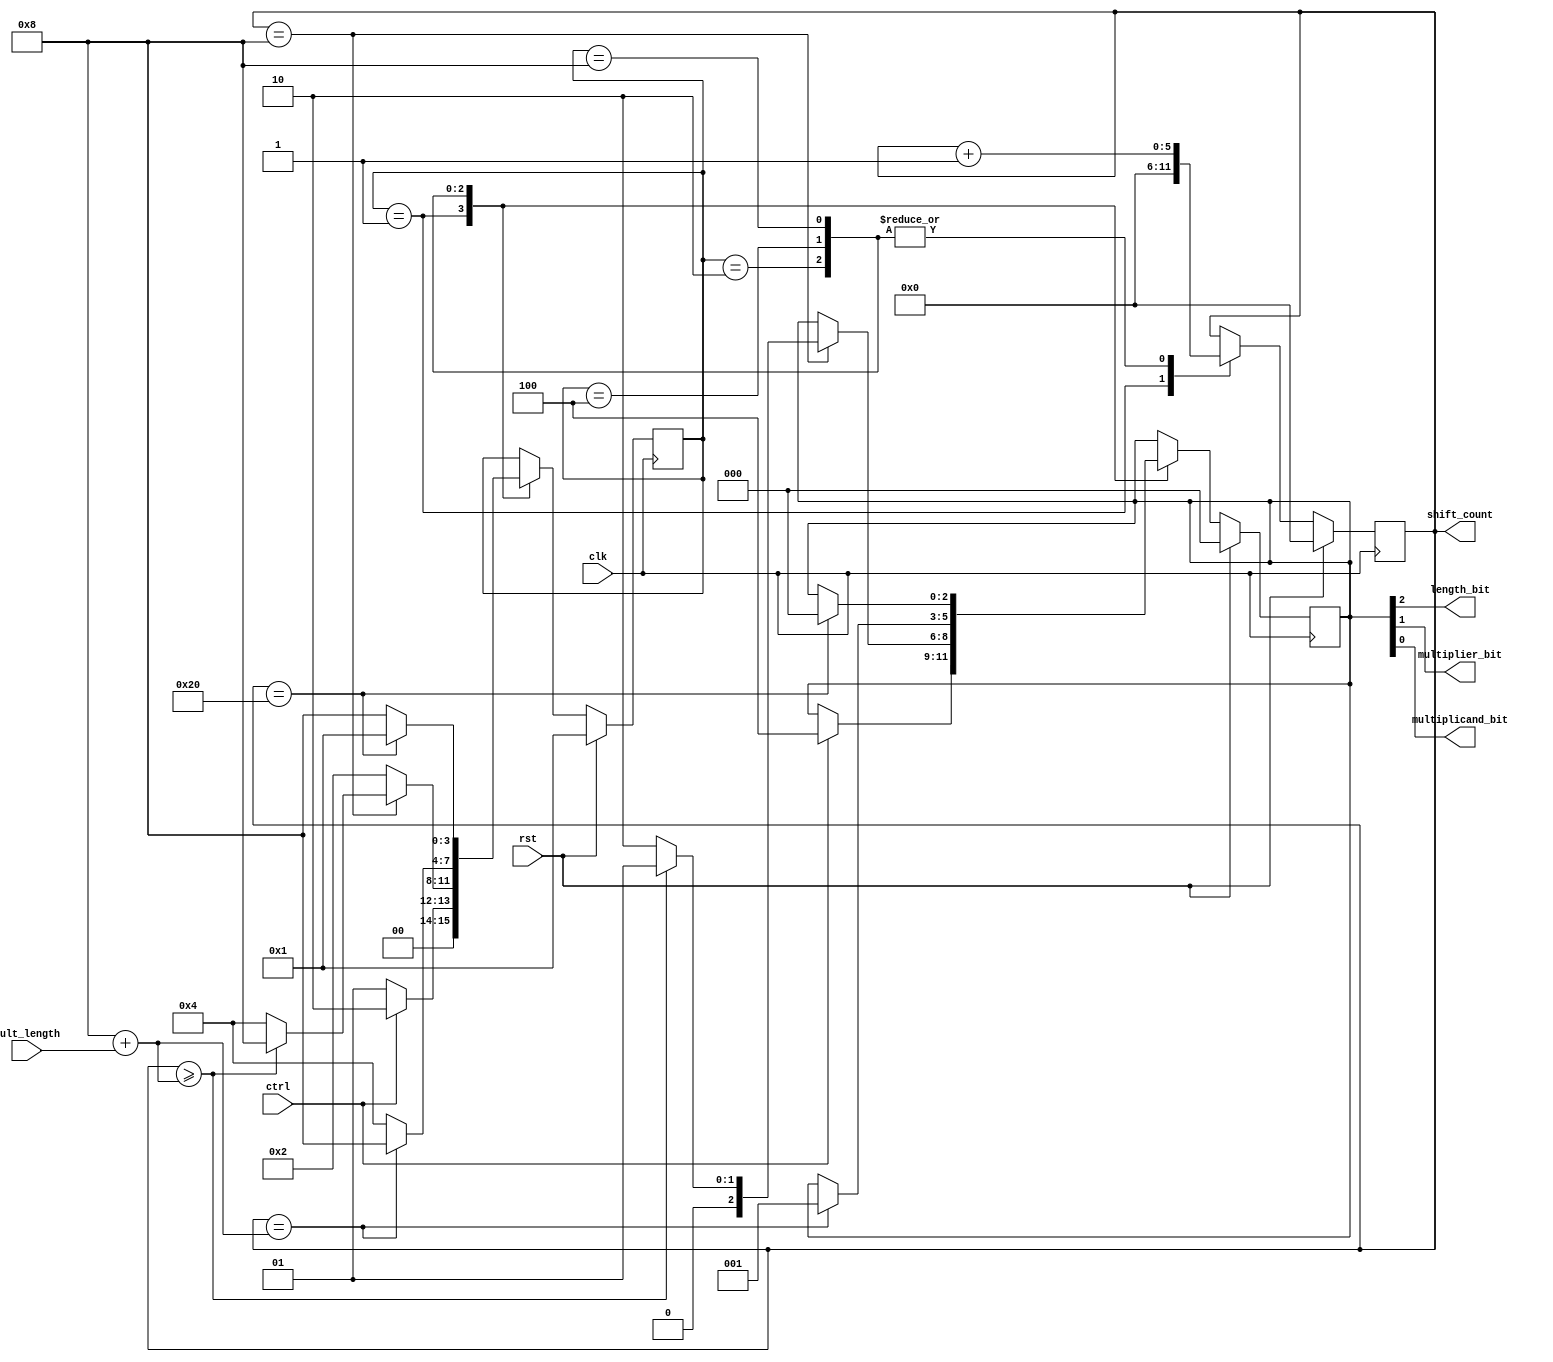
`timescale 1ns / 1ps
//////////////////////////////////////////////////////////////////////////////////
// Company: 
// Engineer: 
// 
// Design Name: 
// Module Name:    mult_sm 
// Project Name: 
// Target Devices: 
// Tool versions: 
// Description: 
//
// Dependencies: 
//
// Revision: 
// Revision 0.01 - File Created
// Additional Comments: 
//
//////////////////////////////////////////////////////////////////////////////////



module mult_sm(input[7:0] mult_length,input clk,rst,ctrl,output reg[5:0] shift_count, output length_bit,multiplier_bit,multiplicand_bit);
parameter [3:0] IDLE          = 4'b0001 ;
parameter [3:0] LENGTH_BIT_ST  = 4'b0010 ;
parameter [3:0] MULT1_BIT_ST  = 4'b0100 ;
parameter [3:0] MULT2_BIT_ST   = 4'b1000 ;


reg [3:0] state ;
reg [2:0] out;
always @(posedge clk) begin
	if (rst) begin
	state<=IDLE;
	out<=3'b000;
	shift_count<=0;
	end
	else begin

		case(state)
		IDLE :begin
		shift_count<=0;
			if (ctrl) begin
			state<=LENGTH_BIT_ST; 
			out<=3'b100; 
			end
			else state<=IDLE;
		end
		LENGTH_BIT_ST :begin
			shift_count<=shift_count+1;
			if (shift_count==8) begin
					if(shift_count>=(8+mult_length)) begin
					state<=MULT2_BIT_ST;
					out<=3'b001;
					end
					else begin
					state<=MULT1_BIT_ST; 
					out<=3'b010; 
					end
					end
			else state<=LENGTH_BIT_ST;
		end
		MULT1_BIT_ST :begin
			shift_count<=shift_count+1;
			if (shift_count==(8+mult_length)) begin 
			state<=MULT2_BIT_ST; 
			out<=3'b001; 
			end
			else state<=MULT1_BIT_ST;
		end
		MULT2_BIT_ST :begin
			shift_count<=shift_count+1;
		   if (shift_count==32) begin 
			state<=IDLE;

			out<=3'b000; 
			end
			else state<=MULT2_BIT_ST;
		end
		endcase
	end
end

		assign {length_bit,multiplier_bit,multiplicand_bit}=out[2:0];

endmodule